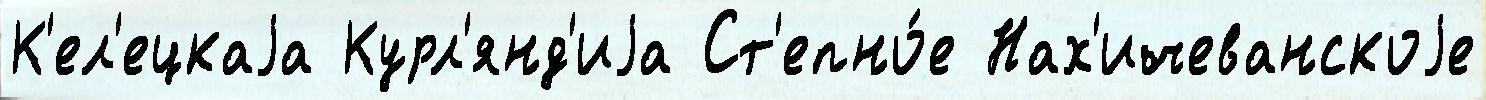
К'ел'ецкаjа Курл'янд'иjа Ст'епно́е Нах'ичеванскоjе